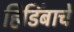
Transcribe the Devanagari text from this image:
हिडिंबाचे